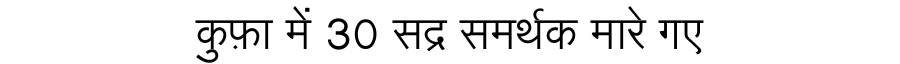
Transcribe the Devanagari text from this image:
कुफ़ा में 30 सद्र समर्थक मारे गए